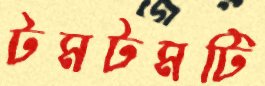
টমটমটি